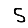
Digit: 5